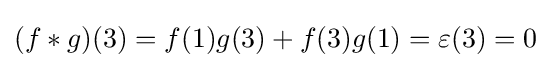
(f*g)(3)=f(1)g(3)+f(3)g(1)=\varepsilon (3)=0